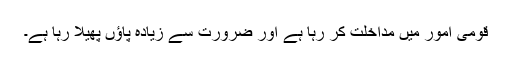
قومی امور میں مداخلت کر رہا ہے اور ضرورت سے زیادہ پاؤں پھیلا رہا ہے۔